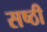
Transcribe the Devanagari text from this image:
सष्ठी